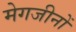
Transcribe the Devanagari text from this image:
मेगजीनों